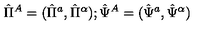
\hat { \Pi } ^ { A } = ( \hat { \Pi } ^ { a } , \hat { \Pi } ^ { \alpha } ) ; \hat { \Psi } ^ { A } = ( \hat { \Psi } ^ { a } , \hat { \Psi } ^ { \alpha } )